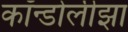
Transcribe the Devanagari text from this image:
कॉन्डोलीझा